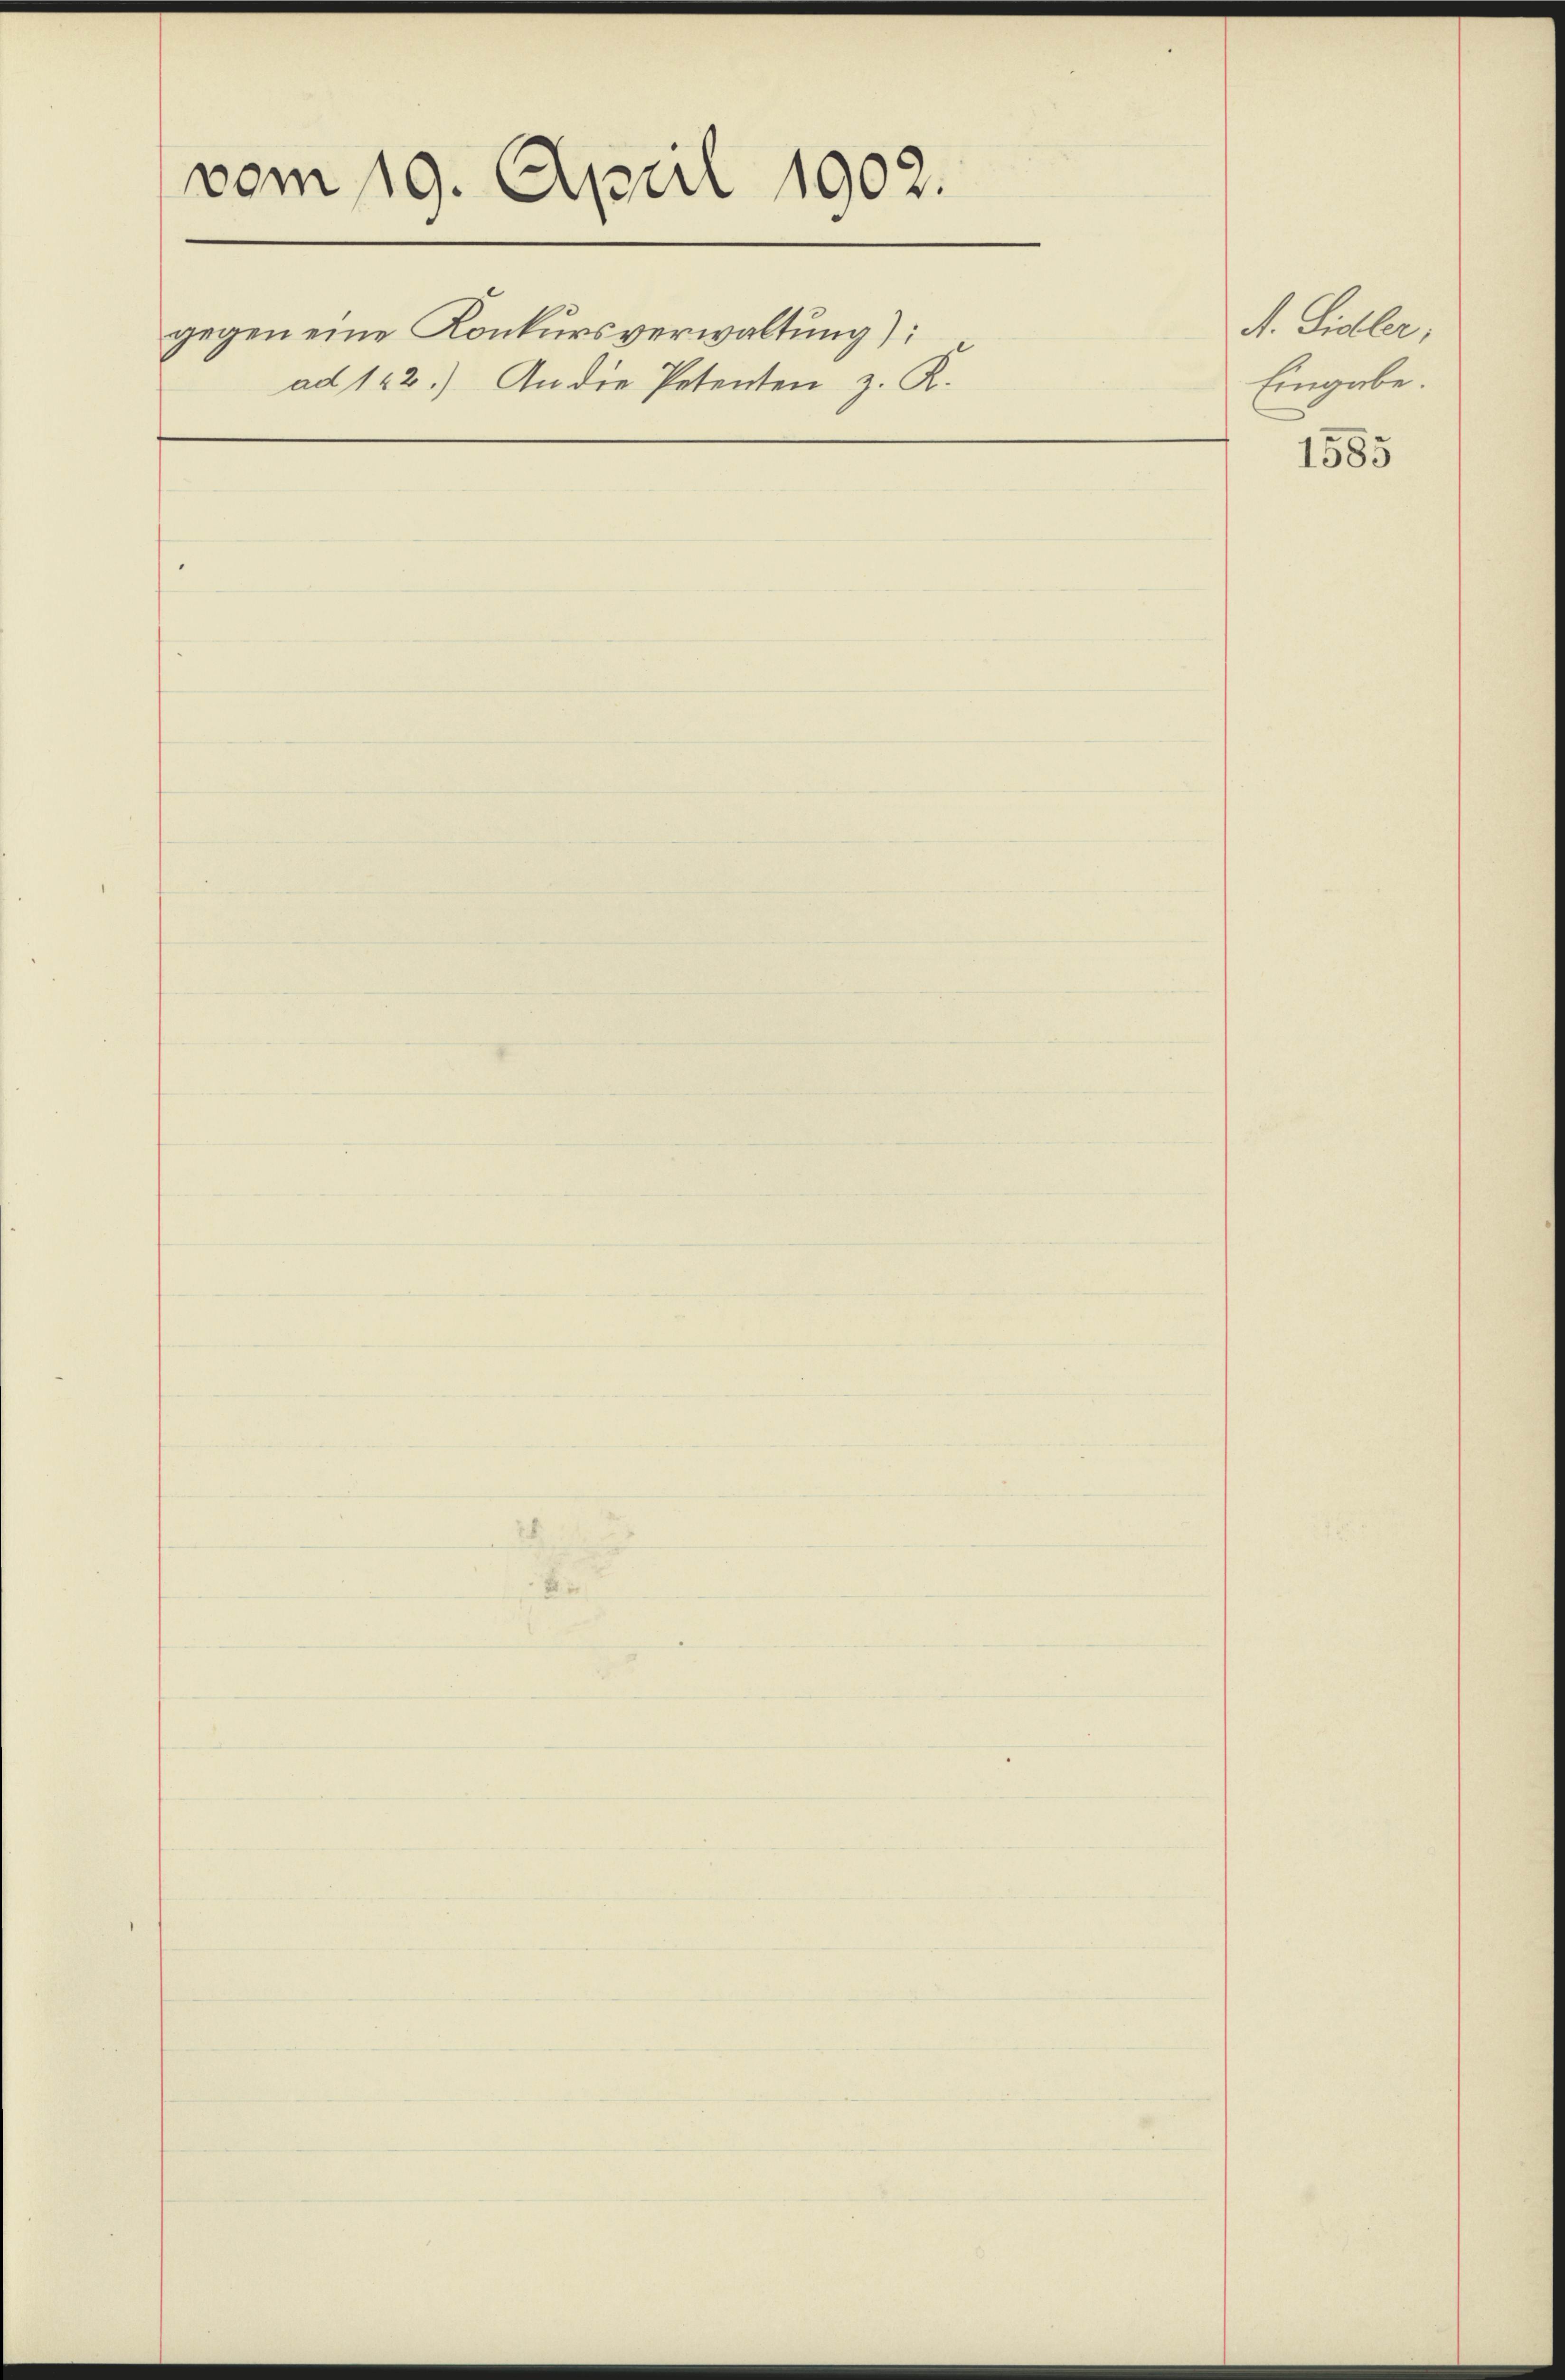
vom 19. April 1902.
gegen eine Konkursverwaltung):
ad 122.) An die Petenten z. K.

A. Sidler,
Eingabe.

1585